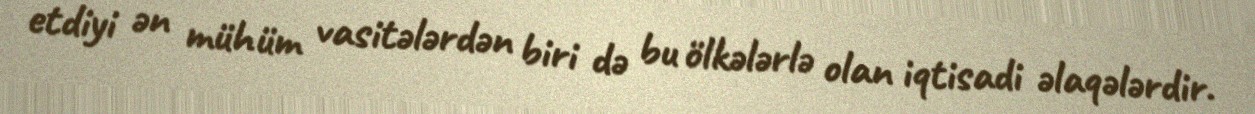
etdiyi ən mühüm vasitələrdən biri də bu ölkələrlə olan iqtisadi əlaqələrdir.